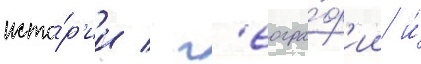
исто́р'ии / г'еогра́ф'ии и́